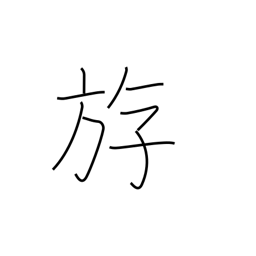
Meaning: to swim